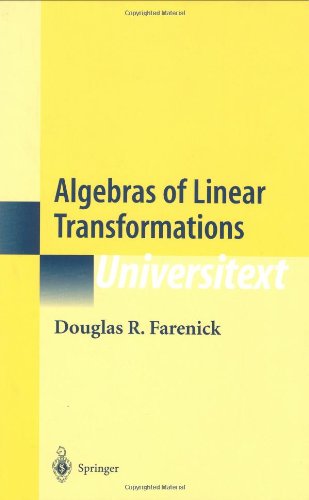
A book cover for Algebras of Linear Transformations (Universitext); Douglas R. Farenick; Science & Math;